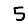
Digit: 5